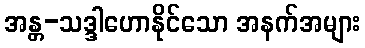
အန္တ-သဒ္ဒါဟောနိုင်သော အနက်အများ